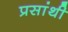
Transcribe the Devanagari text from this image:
प्रसांथी